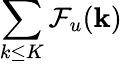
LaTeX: \sum_{k\le K}\mathcal{F}_{u}({\mathbf k})